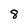
Character: 8